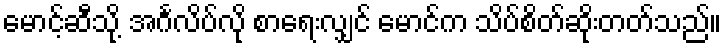
မောင့်ဆီသို့ အင်္ဂလိပ်လို စာရေးလျှင် မောင်က သိပ်စိတ်ဆိုးတတ်သည်။